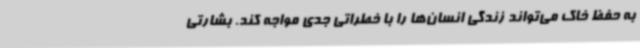
به حفظ خاک می‌تواند زندگی انسان‌ها را با خطراتی جدی مواجه کند. بشارتی